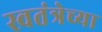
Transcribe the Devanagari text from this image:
स्वतंत्रेच्या